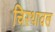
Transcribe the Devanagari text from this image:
चिरथावल